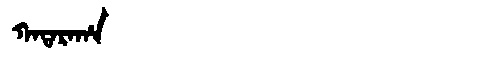
Manchu: ᡴᠠᡨᠠᡵᠠᡥᠠ
Romanization: KATARAHA